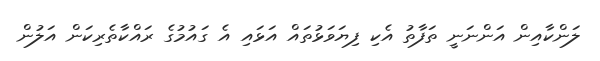
ލަންކާއިން އަންނަނީ ތަފާތު އެކި ފިޔަވަޅުތައް އަޅައި އެ ގައުމުގެ ރައްކާތެރިކަން އަލުން